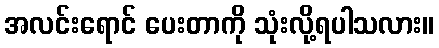
အလင်းရောင် ပေးတာကို သုံးလို့ရပါသလား။